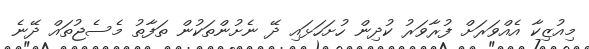
މިއުޒިކާ އެއްވަރަށް ފުރާވަރު ކުދިން ހުށަހަޅައި ދޭ ނެށުންތަކުން ތަފާތު މެސެޖުތައް ދޭނެ